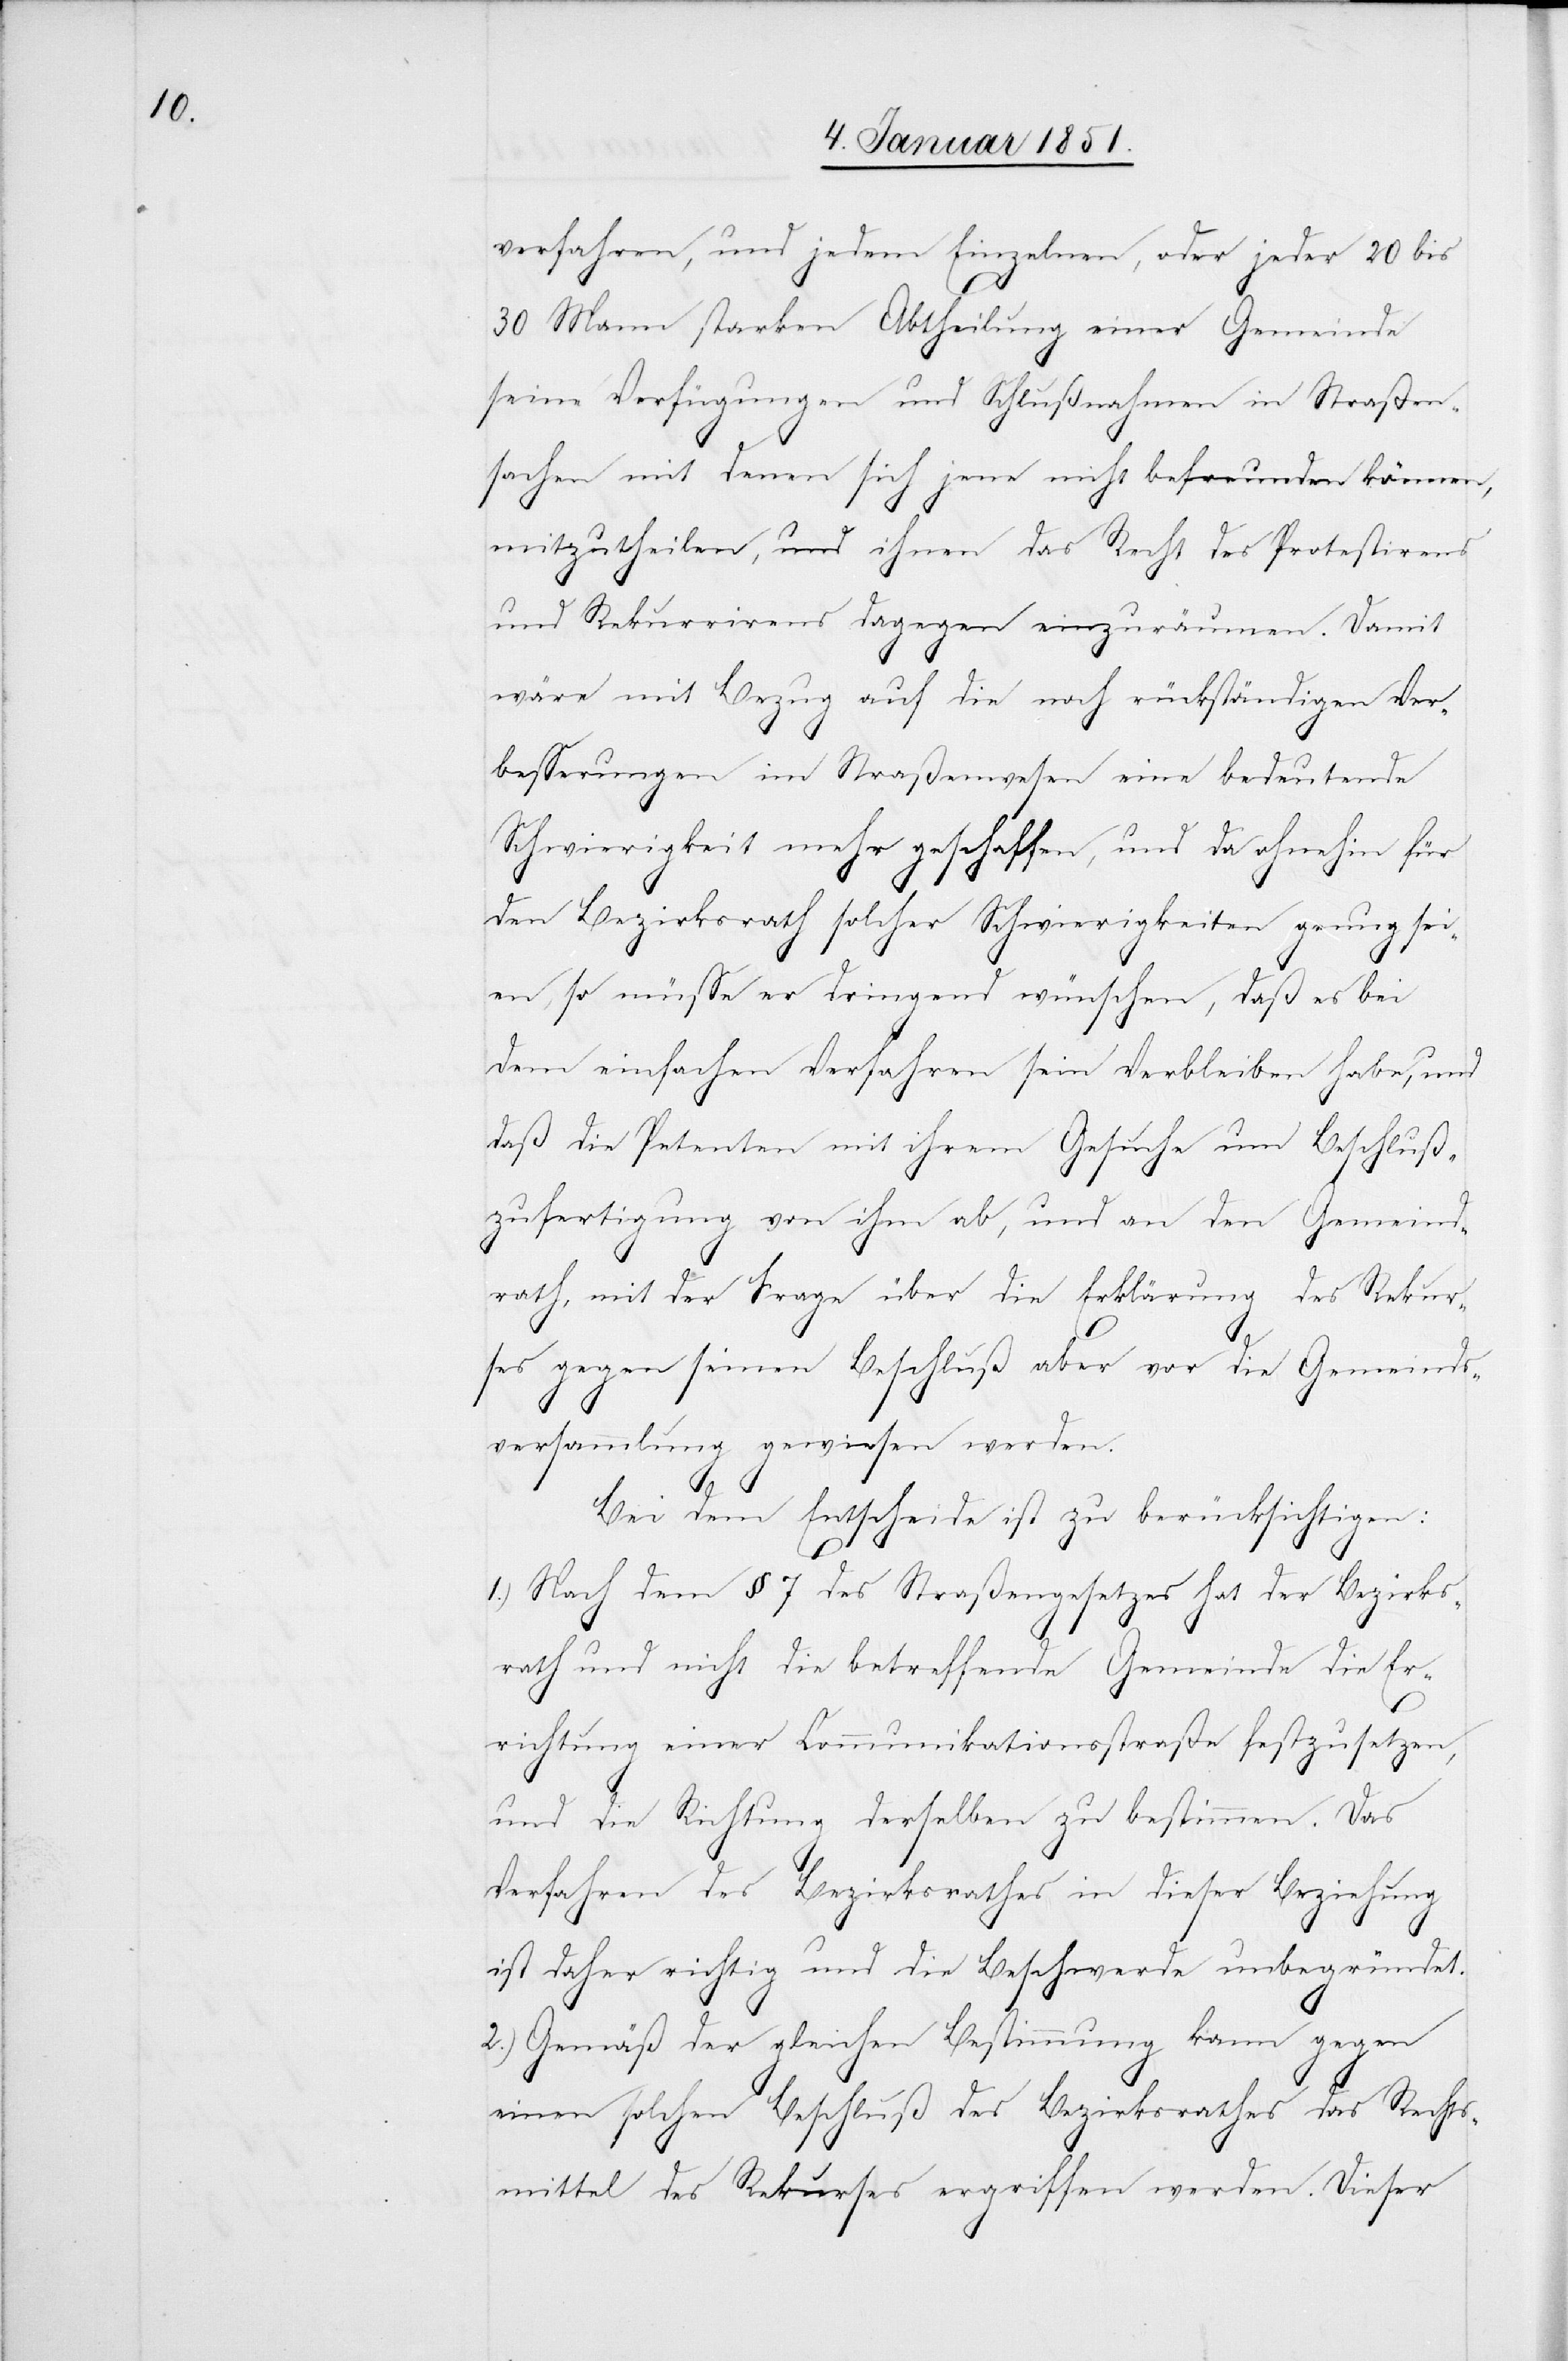
verfahren, und jedem Einzelnen, oder jeder 20 bis
30 Mann starken Abtheilung einer Gemeinde
seine Verfügungen und Schlußnahmen in Straßen¬
sachen mit denen sich jene nicht befreunden können,
mitzutheilen, und ihnen das Recht des Protestirens
und Rekurrirens dagegen einzuräumen. Damit
wäre mit Bezug auf die noch rückständigen Ver¬
besserungen im Straßenwesen eine bedeutende
Schwierigkeit mehr geschaffen, und da ohnehin für
den Bezirksrath solcher Schwierigkeiten genug sei¬
en, so müsse er dringend wünschen, daß es bei
dem einfachen Verfahren sein Verbleiben habe, und
daß die Petenten mit ihrem Gesuche um Beschluß¬
zufertigung von ihm ab, und an den Gemeind¬
rath, mit der Frage über die Erklärung des Rekur¬
ses gegen seinen Beschluß aber vor die Gemeinds¬
versammlung gewiesen werden.
Bei dem Entscheide ist zu berücksichtigen:
1.) Nach dem § 7 des Straßengesetzes hat der Bezirks¬
rath und nicht die betreffende Gemeinde die Er¬
richtung einer Communikationsstraße festzusetzen,
und die Richtung derselben zu bestimmen. Das
Verfahren des Bezirksrathes in dieser Beziehung
ist daher richtig und die Beschwerde unbegründet.
2.) Gemäß der gleichen Bestimmung kann gegen
einen solchen Beschluß des Bezirksrathes das Rechts¬
mittel des Rekurses ergriffen werden. Dieser